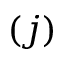
( j )